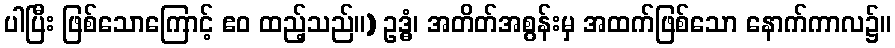
ပါပြီး ဖြစ်သောကြောင့် ဧဝ ထည့်သည်။) ဥဒ္ဓံ၊ အတိတ်အစွန်းမှ အထက်ဖြစ်သော နောက်ကာလ၌။